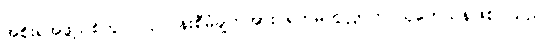
အစိုးရအဖွဲ့သစ်တွင် လုပ်ငန်းစီမံချက်အား ရဟမတွလ္လာဟ် သုတေသနဖြစ်ပါသည်